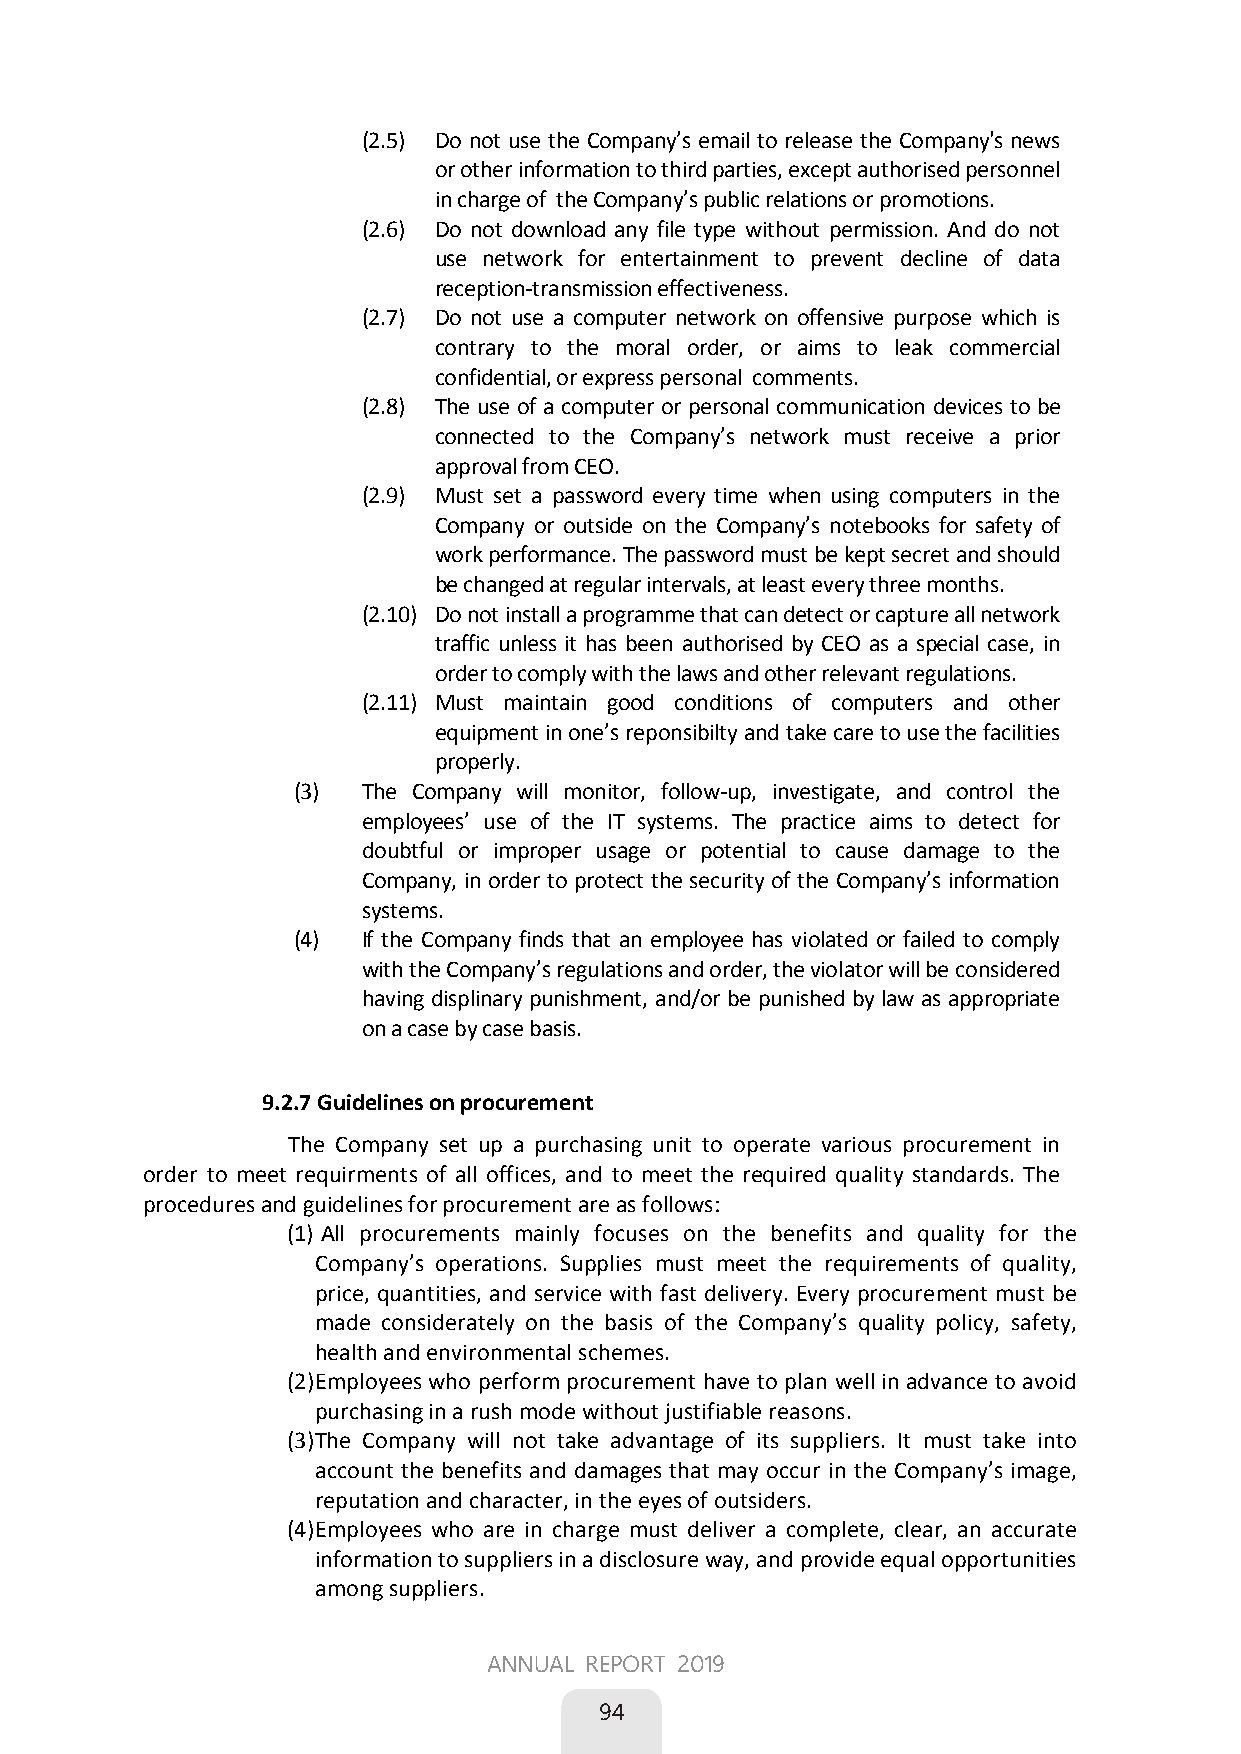
(2.5) Do not use the Company’s email to release the Company's news
 or other information to third parties, except authorised personnel
 in charge of the Company’s public relations or promotions.
 (2.6) Do not download any file type without permission. And do not
 use network for entertainment to prevent decline of data
 reception-transmission effectiveness.
 (2.7) Do not use a computer network on offensive purpose which is
 contrary to the moral order, or aims to leak commercial
 confidential, or express personal comments.
 (2.8) The use of a computer or personal communication devices to be
 connected to the Company’s network must receive a prior
 approval from CEO.
 (2.9) Must set a password every time when using computers in the
 Company or outside on the Company’s notebooks for safety of
 work performance. The password must be kept secret and should
 be changed at regular intervals, at least every three months.
 (2.10) Do not install a programme that can detect or capture all network
 traffic unless it has been authorised by CEO as a special case, in
 order to comply with the laws and other relevant regulations.
 (2.11) Must maintain good conditions of computers and other
 equipment in one’s reponsibilty and take care to use the facilities
 properly.
 (3)  The Company will monitor, follow-up, investigate, and control the
 employees’ use of the IT systems. The practice aims to detect for
 doubtful or improper usage or potential to cause damage to the
 Company, in order to protect the security of the Company’s information
 systems.
 (4)  If the Company finds that an employee has violated or failed to comply
 with the Company’s regulations and order, the violator will be considered
 having displinary punishment, and/or be punished by law as appropriate
 on a case by case basis.
 9.2.7 Guidelines on procurement
 The Company set up a purchasing unit to operate various procurement in
 order to meet requirments of all offices, and to meet the required quality standards. The
 procedures and guidelines for procurement are as follows:
 (1) All procurements mainly focuses on the benefits and quality for the
 Company’s operations. Supplies must meet the requirements of quality,
 price, quantities, and service with fast delivery. Every procurement must be
 made considerately on the basis of the Company’s quality policy, safety,
 health and environmental schemes.
 (2) Employees who perform procurement have to plan well in advance to avoid
 purchasing in a rush mode without justifiable reasons.
 (3) The Company will not take advantage of its suppliers. It must take into
 account the benefits and damages that may occur in the Company’s image,
 reputation and character, in the eyes of outsiders.
 (4) Employees who are in charge must deliver a complete, clear, an accurate
 information to suppliers in a disclosure way, and provide equal opportunities
 among suppliers.
 56
 ANNUAL REPORT 2019
 
 94